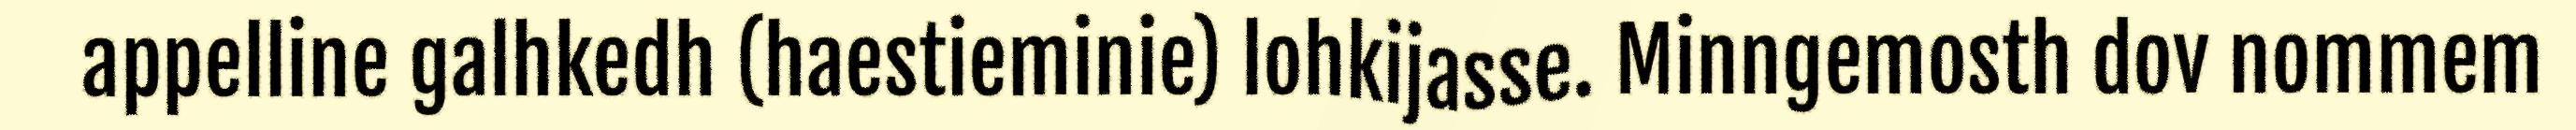
appelline galhkedh (haestieminie) lohkijasse. Minngemosth dov nommem